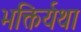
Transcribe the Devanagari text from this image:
भक्तिर्यथा